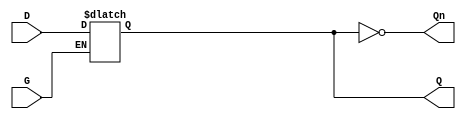
module GatedDLatch (
    input wire D,      // Data input
    input wire G,      // Gate/Enable input
    output reg Q,      // Output
    output wire Qn     // Complement of the output
);

// Complement of the output Q
assign Qn = ~Q;

// Always block to implement the Gated D Latch behavior
always @ (G or D) begin
    if (G) begin
        Q <= D; // When G is high, Q follows D
    end
    // When G is low, Q retains its value
end

endmodule